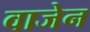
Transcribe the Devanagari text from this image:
वाजेन